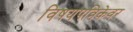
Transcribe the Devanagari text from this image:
विषयपत्रिकेवर